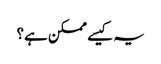
یہ کیسے ممکن ہے؟